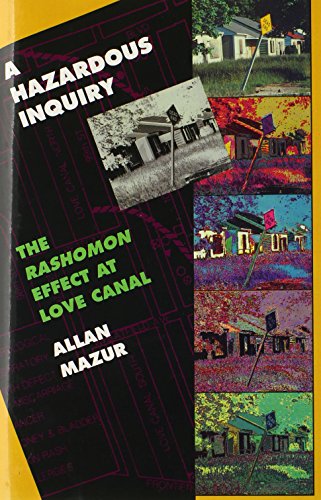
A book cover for A Hazardous Inquiry: The <i>Rashomon</i> Effect at Love Canal; Allan Mazur; Science & Math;